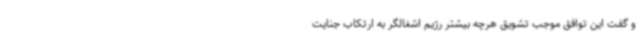
و گفت این توافق موجب تشویق هرچه بیشتر رژیم اشغالگر به ارتکاب جنایت